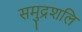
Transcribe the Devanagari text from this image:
समुद्रशलि